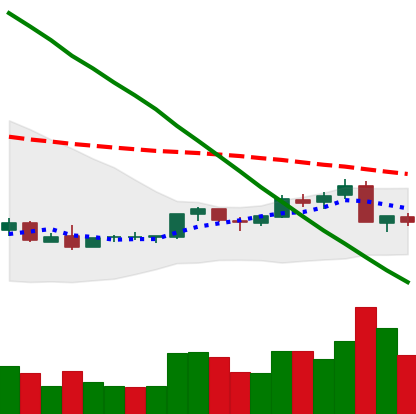
Ticker: NEO-USD
Chart end date: 2018-09-07
Forward return: -10.623%
Label: down_7plus